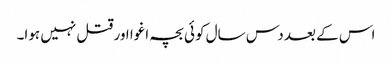
اس کے بعد دس سال کوئی بچہ اغوا اور قتل نہیں ہوا۔